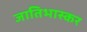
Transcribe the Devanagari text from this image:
जातिभास्कर